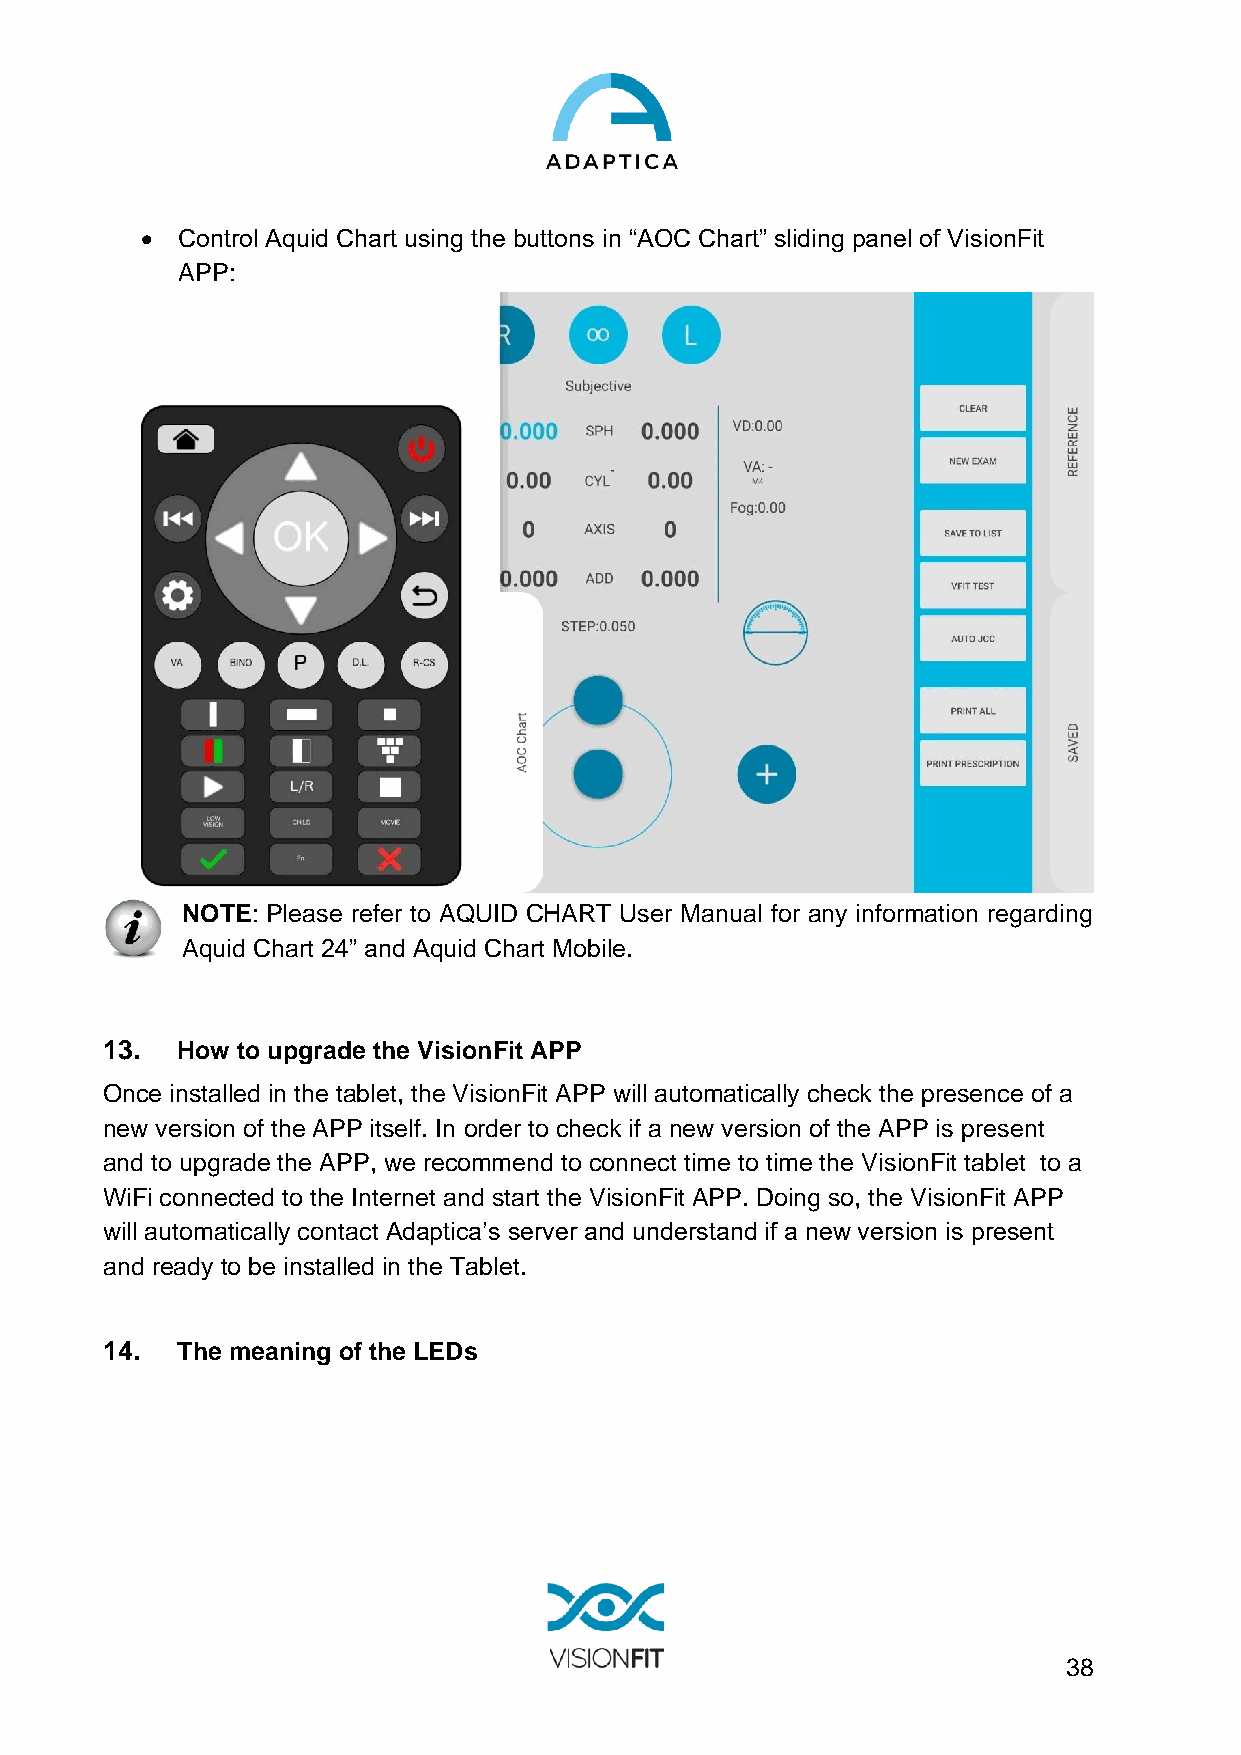
•  Control Aquid Chart using the buttons in “AOC Chart” sliding panel of VisionFit
 APP:
 NOTE: Please refer to AQUID CHART User Manual for any information regarding
 Aquid Chart 24” and Aquid Chart Mobile.
 13.  How to upgrade the VisionFit APP
 Once installed in the tablet, the VisionFit APP will automatically check the presence of a
 new version of the APP itself. In order to check if a new version of the APP is present
 and to upgrade the APP, we recommend to connect time to time the VisionFit tablet to a
 WiFi connected to the Internet and start the VisionFit APP. Doing so, the VisionFit APP
 will automatically contact Adaptica’s server and understand if a new version is present
 and ready to be installed in the Tablet.
 14.  The meaning of the LEDs
 38